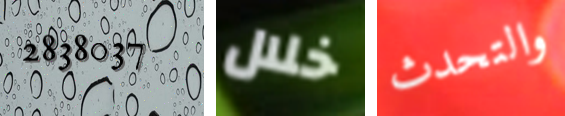
2838037 خلال والتحدث